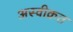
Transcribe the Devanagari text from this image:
अस्वीक्रत